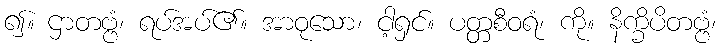
၍။ ဌာတဗ္ဗံ၊ ရပ်အပ်၏။ အာဝုသော၊ ငါ့ရှင်။ ပတ္တစီဝရံ၊ ကို။ နိက္ခိပိတဗ္ဗံ၊